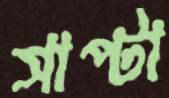
সাপ্টা